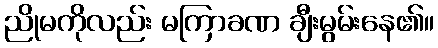
ညိုမကိုလည်း မကြာခဏ ချီးမွမ်းနေ၏။